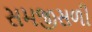
સમજીસળી